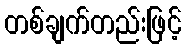
တစ်ချက်တည်းဖြင့်